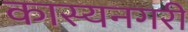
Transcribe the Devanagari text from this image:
कास्यनगरी